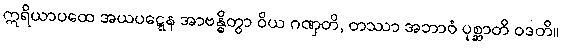
ဣရိယာပထေ အယပဋ္ဋေန အာဗန္ဓိတွာ ဝိယ ဂဏှတိ, တဿာ အဘာဝံ ပုစ္ဆာတိ ဝဒတိ။